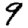
Digit: 9